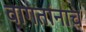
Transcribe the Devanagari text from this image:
वागतांनाच